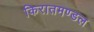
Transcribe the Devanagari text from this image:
किरातमण्डल